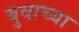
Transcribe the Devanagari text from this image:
बुवाच्या